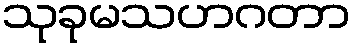
သုခုမသဟဂတာ